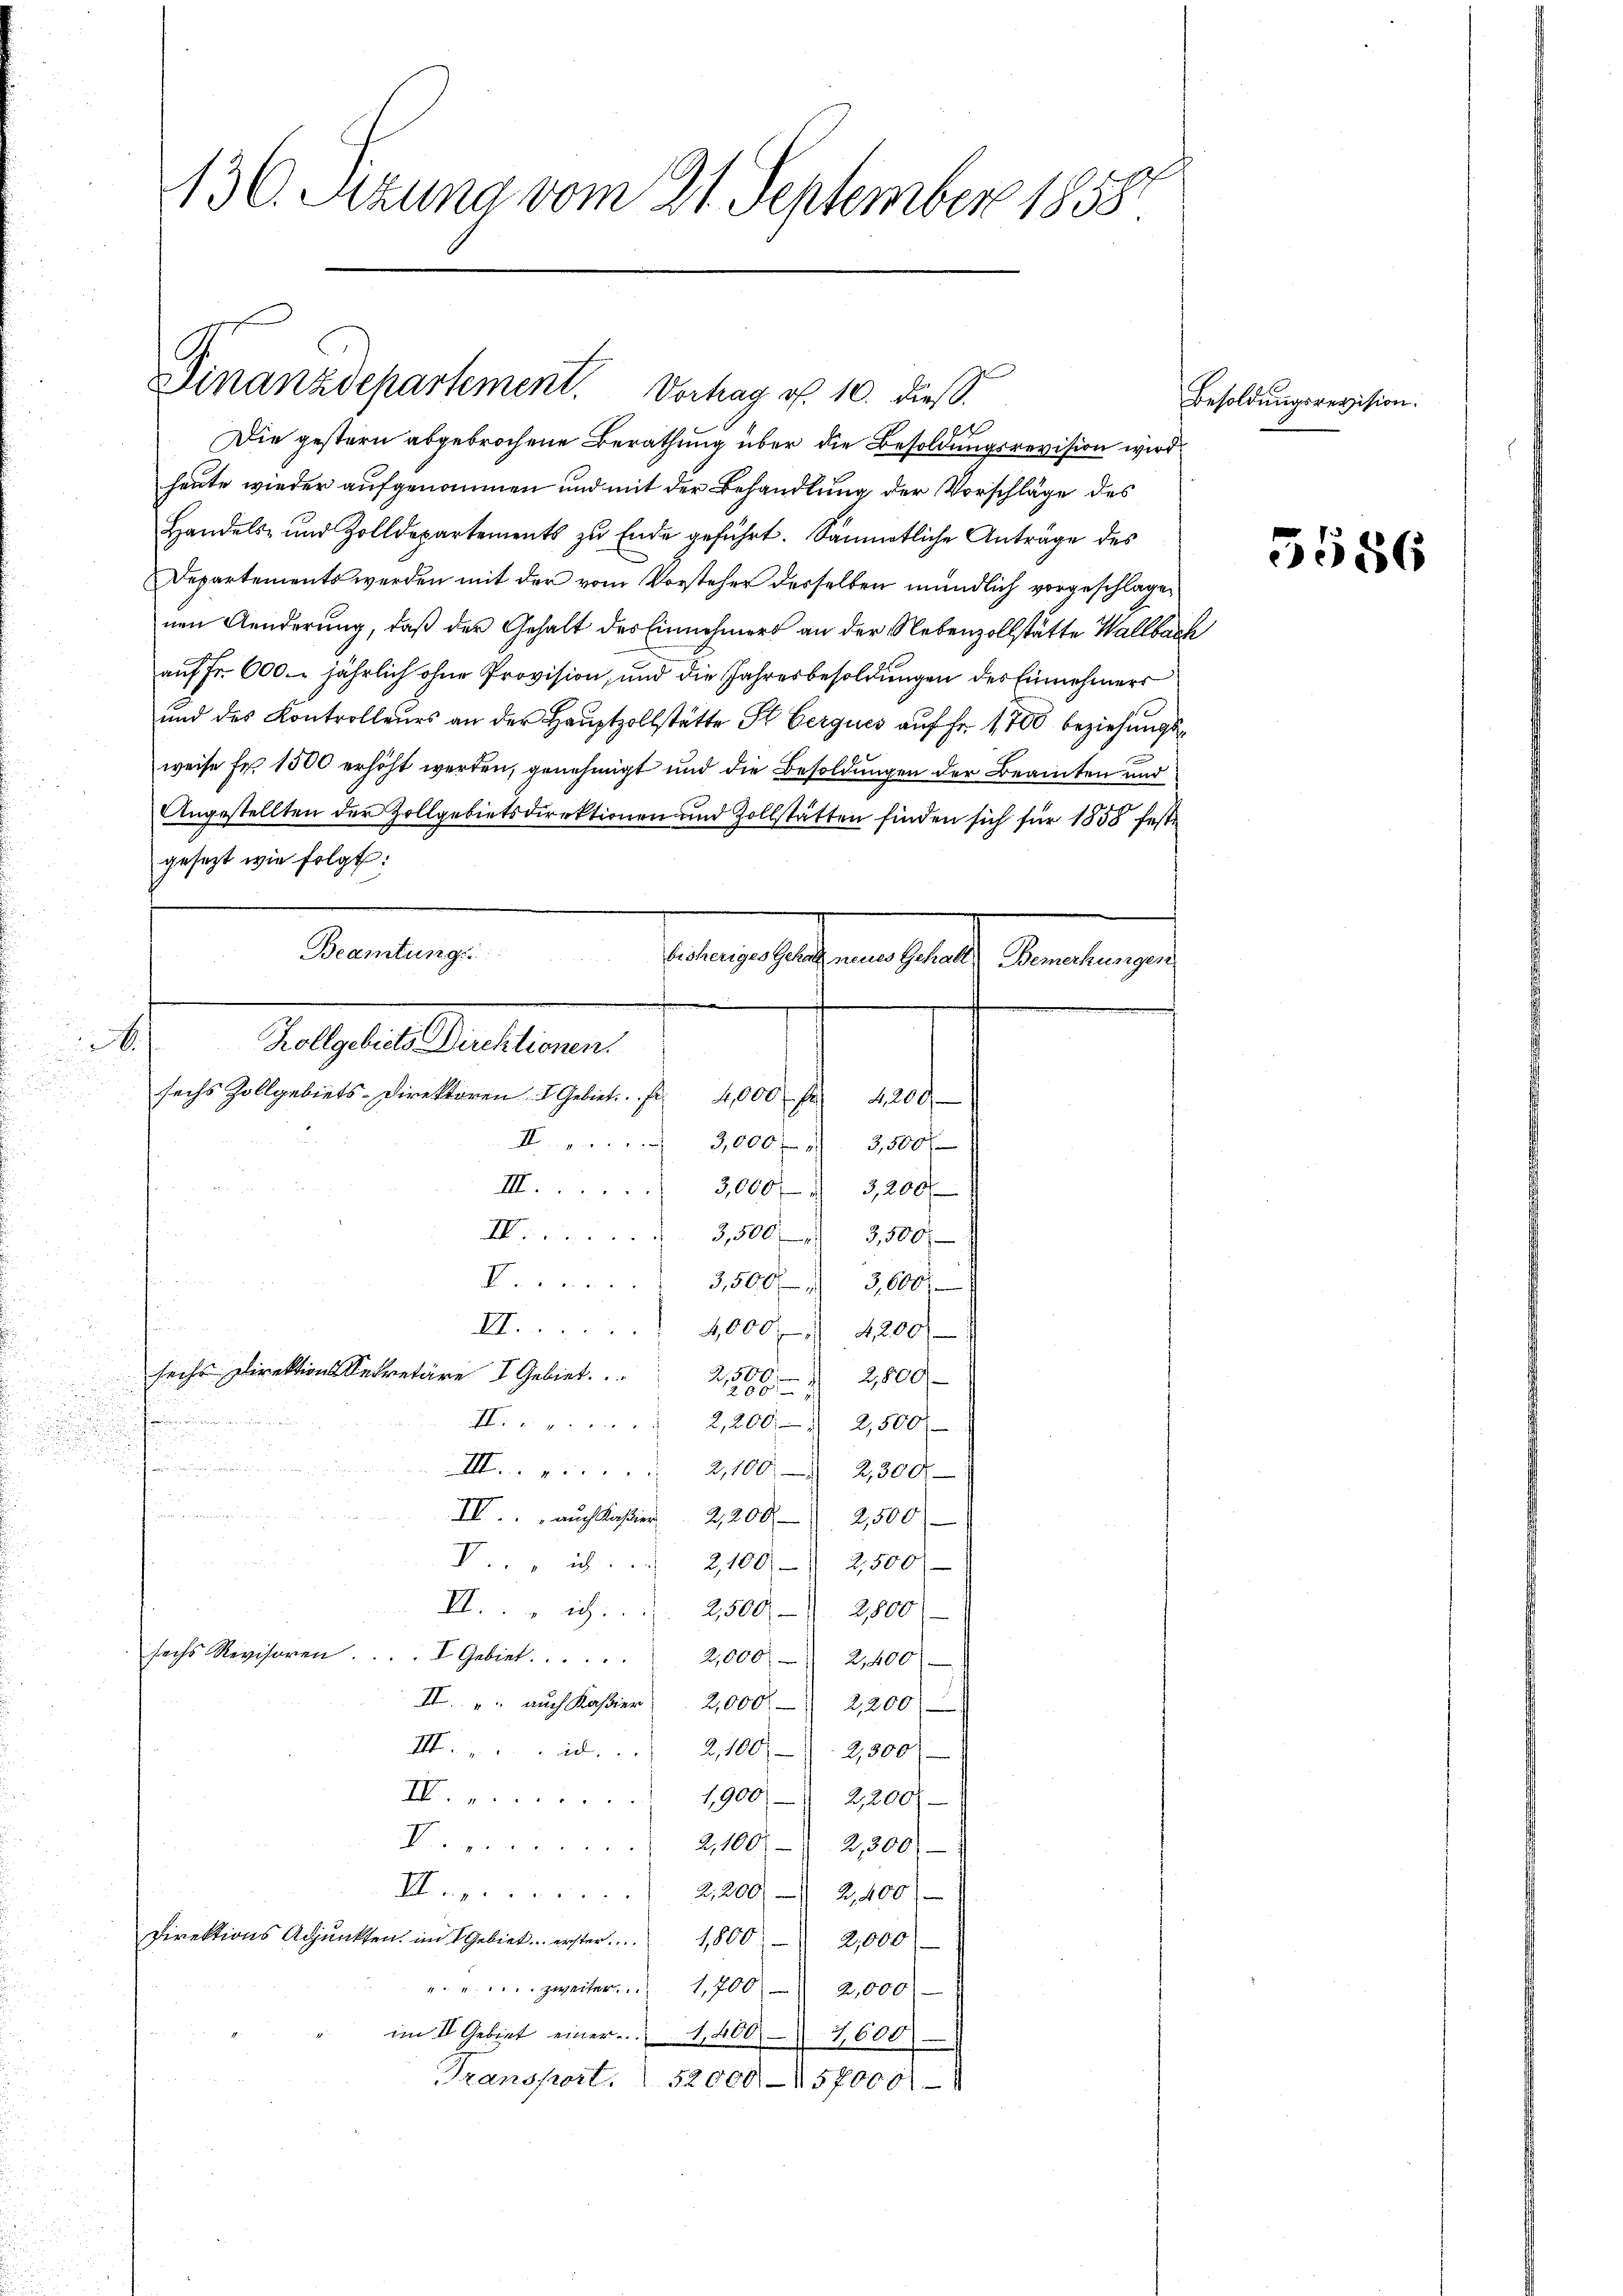
x

136. Pezuna vom 21. September 1858.

Finanzdepartement. Vorhag rf. 10. dieß.

Malgesellationen
sechs Zollgebiets-Direktoren I Gebiet. Er
4,000 f. 4200

I
XI.....

III.

Die gestern abgebrochene Berathung über die Besoldungsrevision wird
heute wieder aufgenommen und mit der Behandlung der Vorschläge des
Handels- und Zolldepartements zu Ende geführt. Sämmtliche Anträge des
Departements werden mit der vom Vorsteher desselben mündlich vorgeschlagenen Aenderung, daß der Gehalt des Einnehmers an der Nebenzollstätte Wallbach
auf Fr. 600. jährlich ohne Provision, und die Jahresbesoldungen der Einnehmers
und des Kontrolleurs an der Hauptzollstätte St. Cerques auf Fr. 1700 beziehungsweise fr. 1500 erhöht werden, genehmigt und die Besoldungen der Beamten und
Angestellten der Zollgebietsdirektionen und Zollstätten finden sich für 1858 festgesezt wie folgt:
Beamtungs
aengesetzen heute Antragen

3,000 x
3,500
3,000 3,200 f
I. 3,500 — 3,500
3,500 3,600
d
s
4,000 f 4200 f
d
sechs Direktions Sekretäre I Gebiet
2,500

2,800
1200
wingere

II... 2,200. 2,500
.
f. an den wir
III. . . . . . .  2,100. 2300
ur
gment einer so
IV auch Kassier 2,200.- 2,500
V.. " ich . . . 2100) 2500
II. ich
2,500 — 2,800
sechs Revisoren. ... I Gebiet. . . . . . 2,000 - 2,400
II. " " auch Kasier 2,000.- 2,200
III. . . . . . . 2, 100 2,500
I..........
1,9001 2,200
V 2,100. 2300)
I. 2,200.- 2,400 f
Direktions Adjunkten im Gebiet erster 1800 2,000
"...... zweiter 1,700 2,000
im II Gebiet einer 14007,600
Transport. 52000 - 157000

18

Besoldungsrevision.

5586